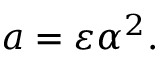
a = \varepsilon \alpha ^ { 2 } .